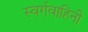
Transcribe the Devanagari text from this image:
स्वर्गवाहिनी